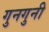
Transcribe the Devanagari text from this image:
गुनगुनी